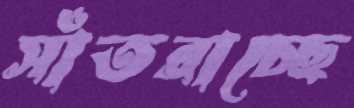
সাঁতরাচ্ছে